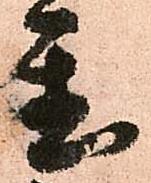
置